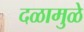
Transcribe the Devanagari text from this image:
दळामुळे